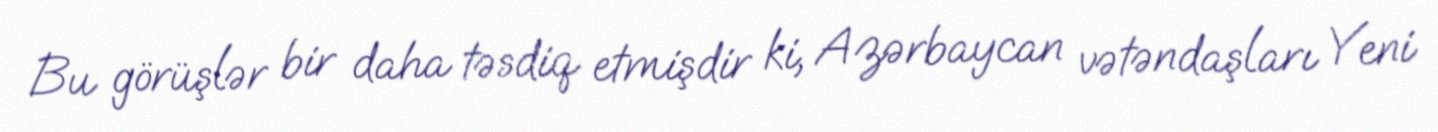
Bu görüşlər bir daha təsdiq etmişdir ki, Azərbaycan vətəndaşları Yeni